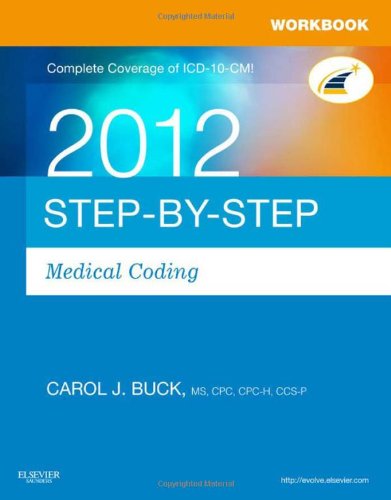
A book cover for Workbook for Step-by-Step Medical Coding 2012 Edition, 1e; Carol J. Buck MS  CPC  CCS-P; Medical Books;